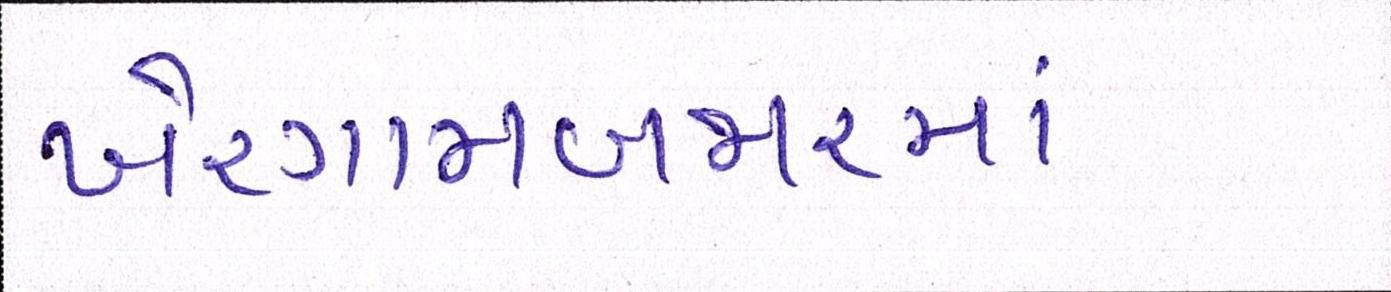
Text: ખેરગામબજારમાં